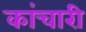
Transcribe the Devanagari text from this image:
कांचारी